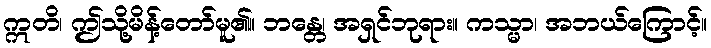
ဣတိ၊ ဤသို့မိန့်တော်မူ၏။ ဘန္တေ၊ အရှင်ဘုရား။ ကသ္မာ၊ အဘယ်ကြောင့်။